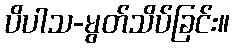
ပိပါသ-မွတ်သိပ်ခြင်း။